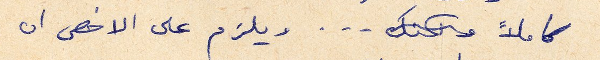
كاملاً ... ويلزم على الاخص ان